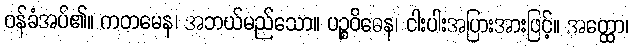
ဝန်ခံအပ်၏။ ကတမေန၊ အဘယ်မည်သော။ ပဉ္စဝိဓေန၊ ငါးပါးအပြားအားဖြင့်။ အတ္ထော၊